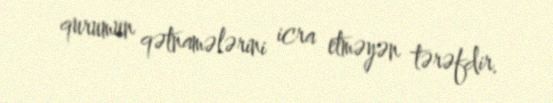
qurumun qətnamələrini icra etməyən tərəfdir.